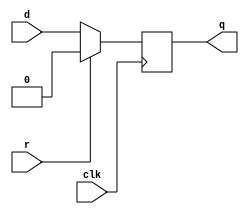
///////////////////////////////////////////////////////////////
// dffhr.v  version 0.1
// 
// Standard parameterizable synchronous reset D-type flipflop
//
// Paul Hartke, phartke@stanford.edu,  Copyright (c)2002
//
// The information and description contained herein is the
// property of Paul Hartke.
//
// Permission is granted for any reuse of this information
// and description as long as this copyright notice is
// preserved.  Modifications may be made as long as this
// notice is preserved.
// This code is made available "as is".  There is no warranty,
// so use it at your own risk.
// Documentation? "Use the source, Luke!"
///////////////////////////////////////////////////////////////

module dffhr (d, r, clk, q);
  parameter WIDTH = 1;
  input 			r;
  input 			clk;
  input 	[WIDTH-1:0] 	d;
  output 	[WIDTH-1:0] 	q;
  reg 		[WIDTH-1:0] 	q;

  always @ (posedge clk) 
    if ( r ) 
      q <= {WIDTH{1'b0}};
    else
      q <= d;

endmodule // dffhr